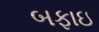
બફાઇ